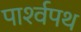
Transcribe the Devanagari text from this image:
पार्श्‍वपथ